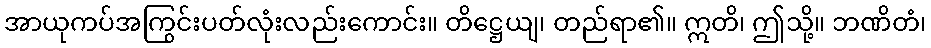
အာယုကပ်အကြွင်းပတ်လုံးလည်းကောင်း။ တိဋ္ဌေယျ၊ တည်ရာ၏။ ဣတိ၊ ဤသို့။ ဘဏိတံ၊